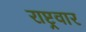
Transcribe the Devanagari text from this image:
राष्ट्रवार